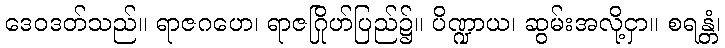
ဒေဝဒတ်သည်။ ရာဇဂဟေ၊ ရာဇဂြိုဟ်ပြည်၌။ ပိဏ္ဍာယ၊ ဆွမ်းအလို့ငှာ။ စရန္တံ၊